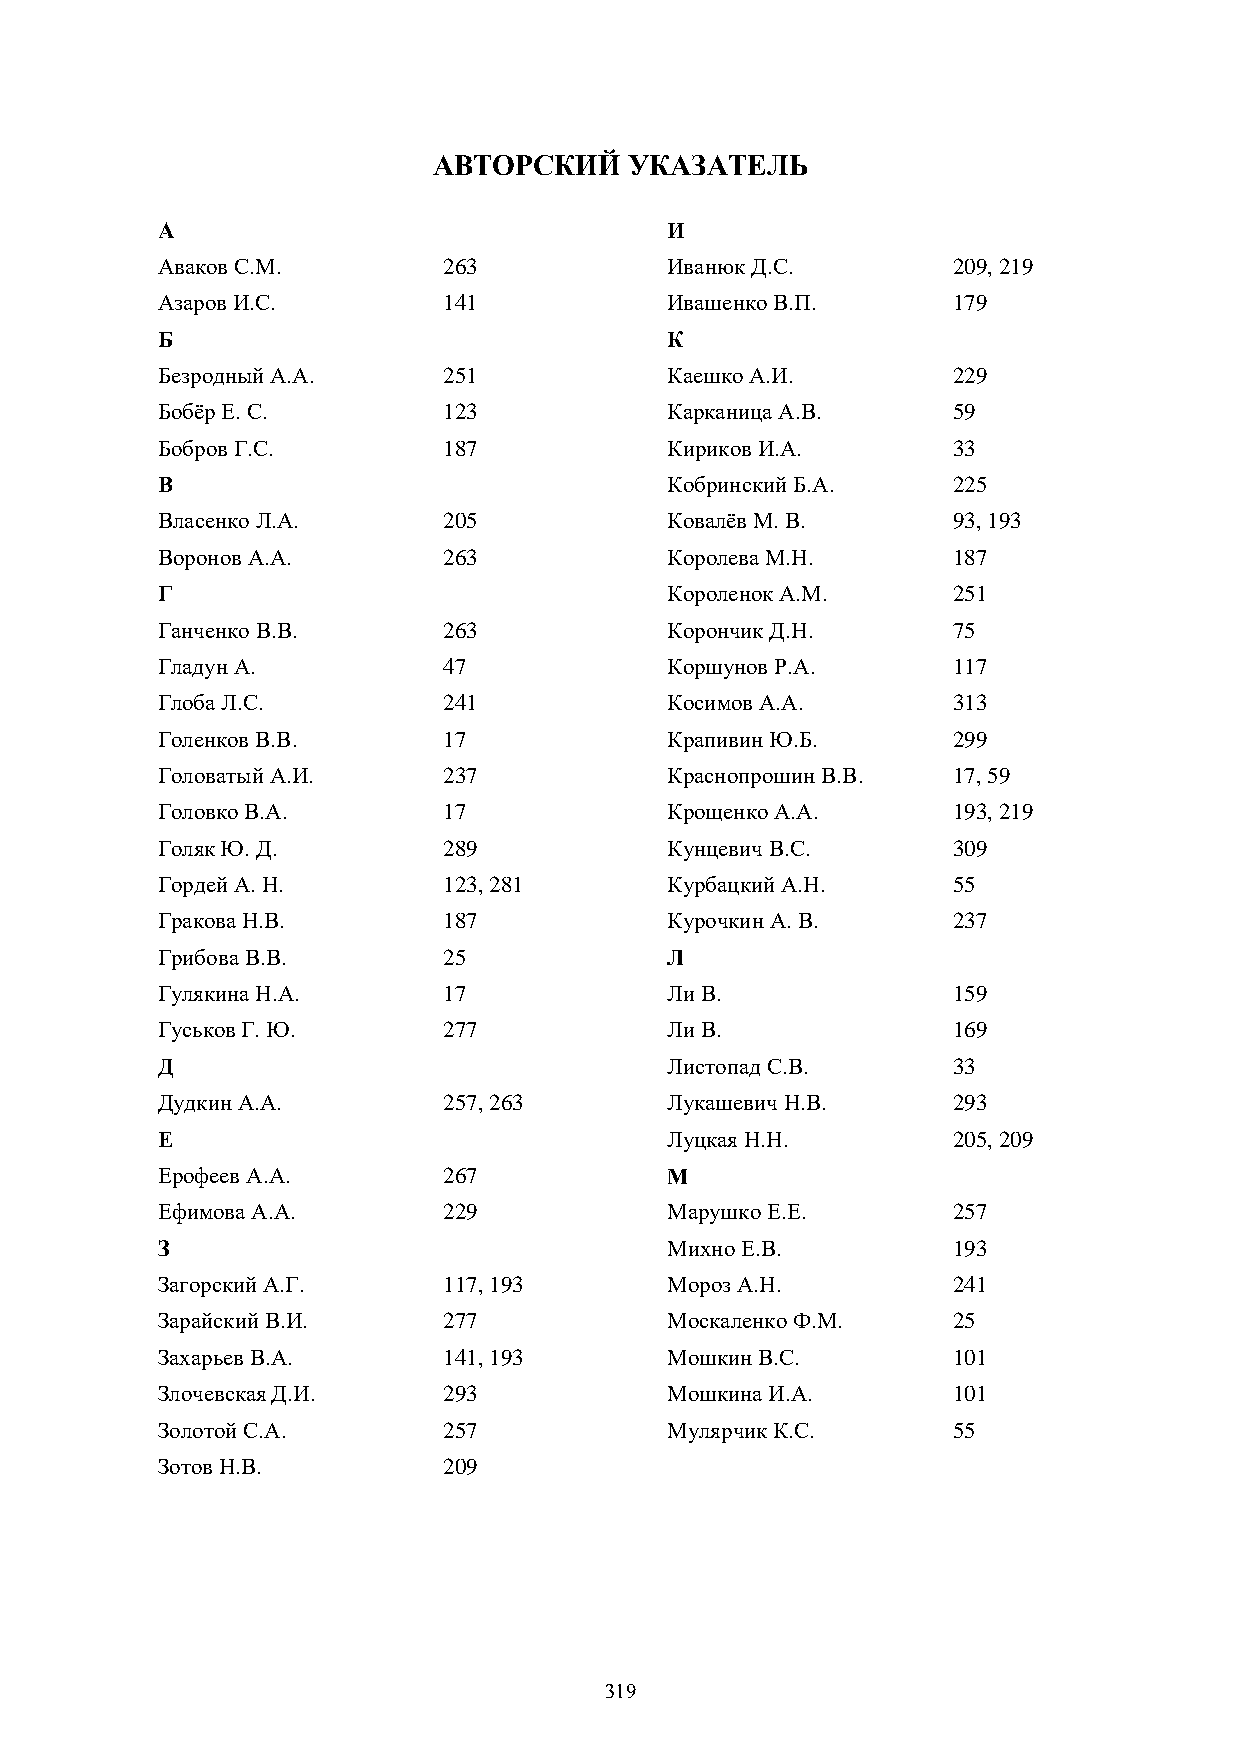
АВТОРСКИЙ    УКАЗАТЕЛЬ
 А                                 И
 Аваков С.М.        263            Иванюк Д.С.        209, 219
 Азаров И.С.        141            Ивашенко В.П.      179
 Б                                 К
 Безродный А.А.     251            Каешко А.И.        229
 Бобёр Е. С.        123            Карканица А.В.     59
 Бобров Г.С.        187            Кириков И.А.       33
 В                                 Кобринский Б.А.    225
 Власенко Л.А.      205            Ковалёв М. В.      93, 193
 Воронов А.А.       263            Королева М.Н.      187
 Г                                 Короленок А.М.     251
 Ганченко В.В.      263            Корончик Д.Н.      75
 Гладун А.          47             Коршунов Р.А.      117
 Глоба Л.С.         241            Косимов А.А.       313
 Голенков В.В.      17             Крапивин Ю.Б.      299
 Головатый А.И.     237            Краснопрошин В.В.  17, 59
 Головко В.А.       17             Крощенко А.А.      193, 219
 Голяк Ю. Д.        289            Кунцевич В.С.      309
 Гордей А. Н.       123, 281       Курбацкий А.Н.     55
 Гракова Н.В.       187            Курочкин А. В.     237
 Грибова В.В.       25             Л
 Гулякина Н.А.      17             Ли В.              159
 Гуськов Г. Ю.      277            Ли В.              169
 Д                                 Листопад С.В.      33
 Дудкин А.А.        257, 263       Лукашевич Н.В.     293
 Е                                 Луцкая Н.Н.        205, 209
 Ерофеев А.А.       267            М
 Ефимова А.А.       229            Марушко Е.Е.       257
 З                                 Михно Е.В.         193
 Загорский А.Г.     117, 193       Мороз А.Н.         241
 Зарайский В.И.     277            Москаленко Ф.М.    25
 Захарьев В.А.      141, 193       Мошкин В.С.        101
 Злочевская Д.И.    293            Мошкина И.А.       101
 Золотой С.А.       257            Мулярчик К.С.      55
 Зотов Н.В.         209
 319